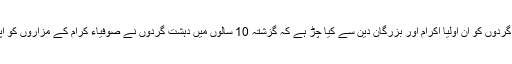
پتہ نہیں ان طالبان دہشت گردوں کو ان اولیا اکرام اور بزرگان دین سے کیا چڑ ہے کہ گزشتہ 10 سالوں میں دہشت گردوں نے صوفیاء کرام کے مزاروں کو اپنےحملوں کا نشانہ بنایا ۔